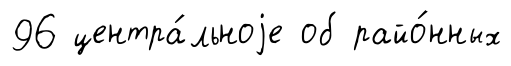
96 центра́льноjе об райо́нных